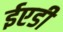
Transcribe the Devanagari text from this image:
ईएडी